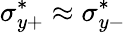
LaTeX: \sigma_{y+}^{*}\approx\sigma_{y-}^{*}